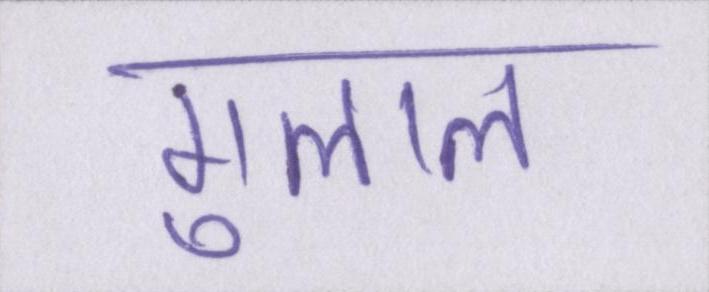
गुलाल